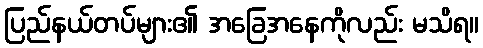
ပြည်နယ်တပ်များ၏ အခြေအနေကိုလည်း မသိရ။